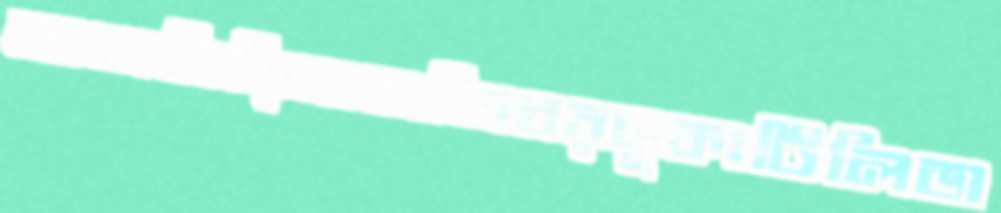
মাজবিরিগানজিবরডুকাটিলিডা